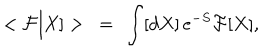
LaTeX: < { \cal F } [ X ] > \ = \ \int [ d X ] \, e ^ { - S } { \cal F } [ X ] ,